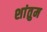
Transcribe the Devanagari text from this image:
शांतुम